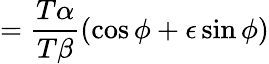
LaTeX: ={\frac{T\alpha}{T\beta}}(\cos\phi+\epsilon\sin\phi)